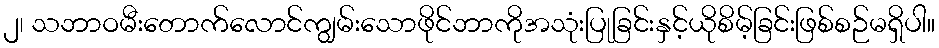
၂၊ သဘာဝမီးတောက်လောင်ကျွမ်းသောဖိုင်ဘာကိုအသုံးပြုခြင်းနှင့်ယိုစိမ့်ခြင်းဖြစ်စဉ်မရှိပါ။